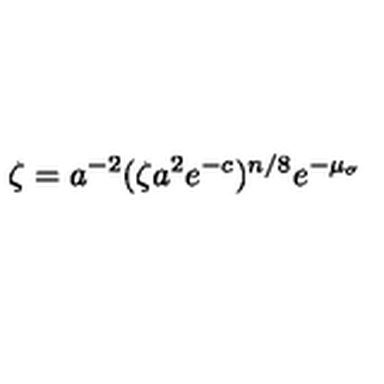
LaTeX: \zeta = a ^ { - 2 } ( \zeta a ^ { 2 } e ^ { - c } ) ^ { n / 8 } e ^ { - \mu _ { \sigma } }